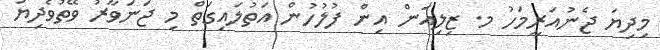
މިދިޔަ ޖެނުއަރީމަހު މ. ޒިލިއަން އިން ފުލުހުން އަތުލައިގަތް މި ޖަނަވާރު ވޭތުވެދިޔަ